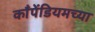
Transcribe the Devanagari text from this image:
काँपेंडियमच्या